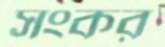
সংকর